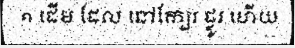
១ ដើម ដែល នៅក្បែរ ផ្លូវ ហើយ